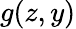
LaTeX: g(z,y)